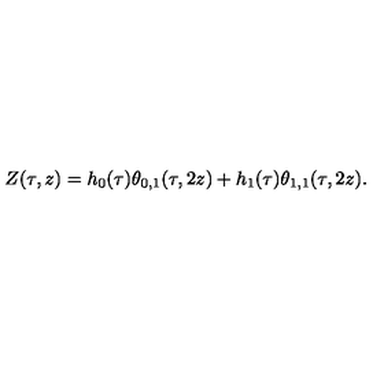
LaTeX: Z ( \tau , z ) = h _ { 0 } ( \tau ) \theta _ { 0 , 1 } ( \tau , 2 z ) + h _ { 1 } ( \tau ) \theta _ { 1 , 1 } ( \tau , 2 z ) .